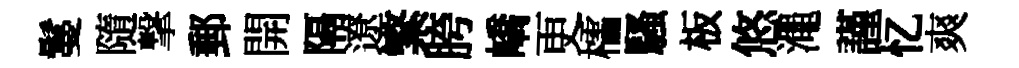
鬘隨撃郵開隔遼繁胯嶠更櫺騷板悠澠謹忆爽